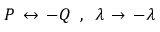
\! \! \! \! \! \! \! \! \! \! \! \! \! \! \! \! \! \! \! \! \! \! \! \! \! \! { P \, \leftrightarrow \, - Q \, \, \, , \, \, \, \lambda \, \rightarrow \, - \lambda }